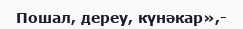
Пошал, дереу, күнәкар»,-